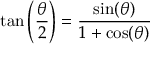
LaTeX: \tan \left( { \frac { \theta } { 2 } } \right) = { \frac { \sin ( \theta ) } { 1 + \cos ( \theta ) } }